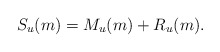
\begin{align*}S_{u}(m)=M_{u}(m)+R_{u}(m). \end{align*}